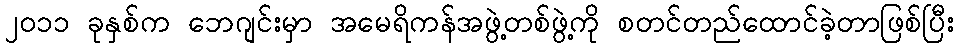
၂၀၁၁ ခုနှစ်က ဘေဂျင်းမှာ အမေရိကန်အဖွဲ့တစ်ဖွဲ့ကို စတင်တည်ထောင်ခဲ့တာဖြစ်ပြီး